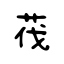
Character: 茷